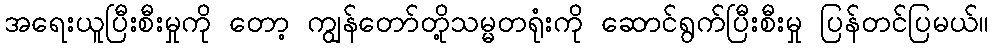
အရေးယူပြီးစီးမှုကို တော့ ကျွန်တော်တို့သမ္မတရုံးကို ဆောင်ရွက်ပြီးစီးမှု ပြန်တင်ပြမယ်။